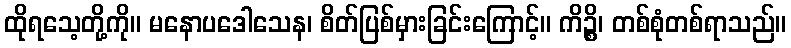
ထိုရသေ့တို့ကို။ မနောပဒေါသေန၊ စိတ်ပြစ်မှားခြင်းကြောင့်။ ကိဉ္စိ၊ တစ်စုံတစ်ရာသည်။